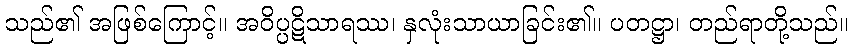
သည်၏ အဖြစ်ကြောင့်။ အဝိပ္ပဋိသာရဿ၊ နှလုံးသာယာခြင်း၏။ ပတဋ္ဌာ၊ တည်ရာတို့သည်။